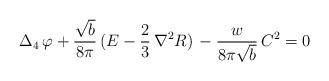
LaTeX: \begin{align*}\Delta_4\,\varphi + \frac{\sqrt{b}}{8\pi}\,(E -\frac23\,{\nabla}^2R)\,- \frac{w}{8\pi\sqrt{b}}\,C^2 = 0\end{align*}